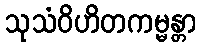
သုသံဝိဟိတကမ္မန္တာ